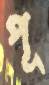
পূ